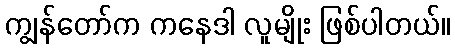
ကျွန်တော်က ကနေဒါ လူမျိုး ဖြစ်ပါတယ်။